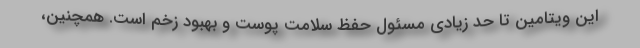
این ویتامین تا حد زیادی مسئول حفظ سلامت پوست و بهبود زخم است. همچنین،